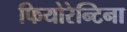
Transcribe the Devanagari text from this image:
फियोरेन्टिना